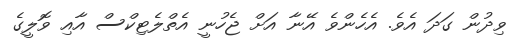
ވިދުން ގަދަ އެވެ. އެހެންވެ އޭނާ އަށް ޖެހުނީ އެތްލެޓިކްސް އާއި ވޮލީގެ